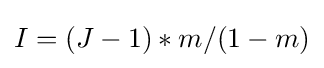
I=(J-1)*m/(1-m)